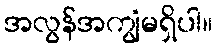
အလွန်အကျွံမရှိပါ။